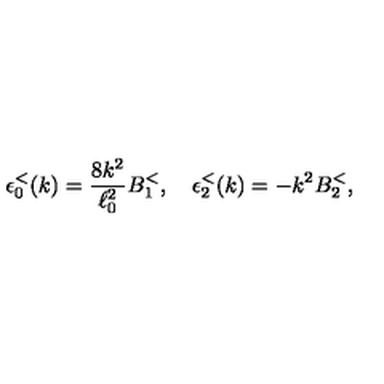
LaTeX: \epsilon _ { 0 } ^ { < } ( k ) = { \frac { 8 k ^ { 2 } } { \ell _ { 0 } ^ { 2 } } } B _ { 1 } ^ { < } , \quad \epsilon _ { 2 } ^ { < } ( k ) = - k ^ { 2 } B _ { 2 } ^ { < } ,